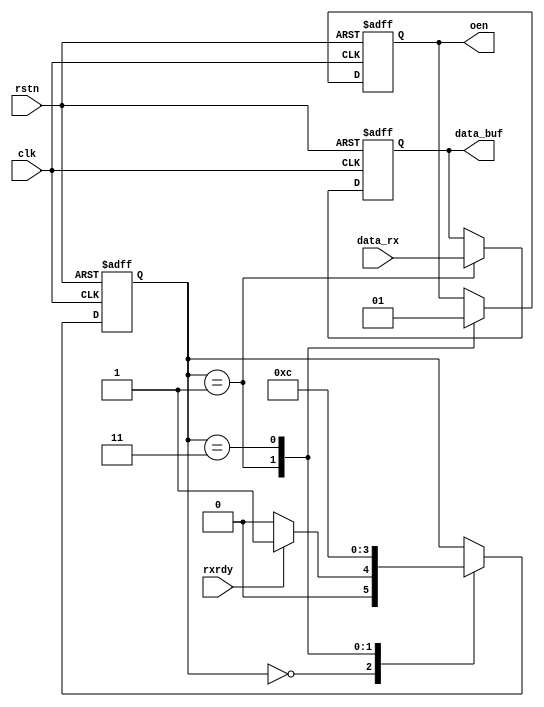
module BT_module //
(
input clk,
input rstn,
input rxrdy,

input [7:0]data_rx,
output reg [7:0] data_buf,
output reg oen //
);

reg[1:0]TX_RX_repiter;
parameter idle = 0, rx = 1, endc = 3;
always @(posedge clk, negedge rstn)
begin
    if(!rstn)
        begin
            oen <= 1;
            data_buf <= 8'hF0;
            TX_RX_repiter <= idle;
        end
    else
        begin
            case(TX_RX_repiter)
                idle:
                    begin
                        if(rxrdy)
                            TX_RX_repiter <= rx;
                        else
                            TX_RX_repiter <= idle;
                    end
                rx:
                    begin
                        oen <= 1'b0;
                        data_buf <= data_rx;
                        TX_RX_repiter <= endc;
                    end
                endc:
                    begin
                        oen <= 1'b1;
                        TX_RX_repiter <= idle;
                    end
            endcase
        end
end
endmodule